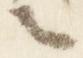
言